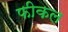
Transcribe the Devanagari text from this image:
फीकल